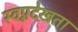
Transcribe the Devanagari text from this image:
स्वप्नदेखता